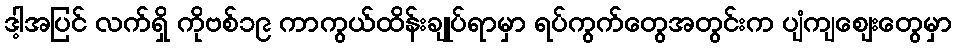
ဒါ့အပြင် လက်ရှိ ကိုဗစ်၁၉ ကာကွယ်ထိန်းချုပ်ရာမှာ ရပ်ကွက်တွေအတွင်းက ပျံကျဈေးတွေမှာ